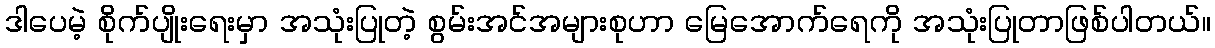
ဒါပေမဲ့ စိုက်ပျိုးရေးမှာ အသုံးပြုတဲ့ စွမ်းအင်အများစုဟာ မြေအောက်ရေကို အသုံးပြုတာဖြစ်ပါတယ်။